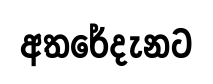
අතරේදැනට